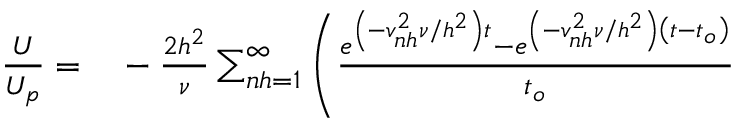
\begin{array} { r l } { \frac { U } { U _ { p } } = } & { { } - \frac { 2 h ^ { 2 } } { \nu } \sum _ { n h = 1 } ^ { \infty } \left( \frac { e ^ { \left( - v _ { n h } ^ { 2 } \nu / h ^ { 2 } \right) t } - e ^ { \left( - v _ { n h } ^ { 2 } \nu / h ^ { 2 } \right) \left( t - t _ { o } \right) } } { t _ { o } } \right. } \end{array}